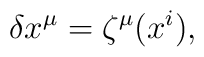
\delta x^\mu=\zeta^\mu(x^i),